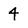
Character: 4